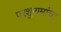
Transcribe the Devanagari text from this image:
परशुरामांचा